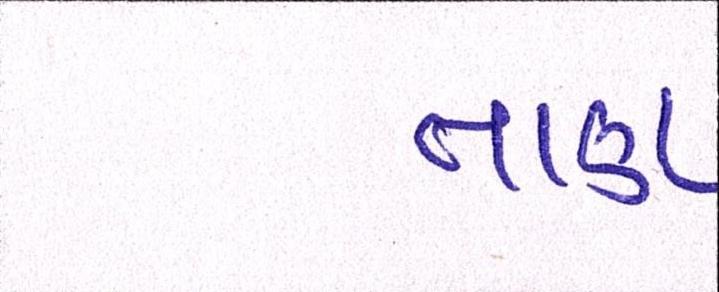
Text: તાણ